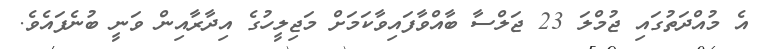
އެ މުއްދަތުގައި ޖުމްލަ 23 ޖަލްސާ ބާއްވާފައިވާކަމަށް މަޖިލީހުގެ އިދާރާއިން ވަނީ ބުނެފައެވެ.